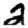
Digit: 2